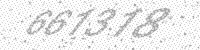
Solution: 661318